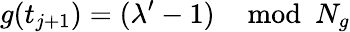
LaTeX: g(t_{j+1})=(\lambda^{\prime}-1)\mod N_{g}